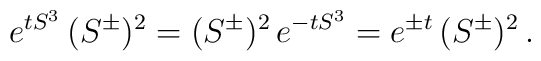
e^{t S^3} \, (S^\pm)^2  = (S^\pm)^2 \, e^{-t S^3} =  e^{\pm t } \, (S^\pm)^2 \,.